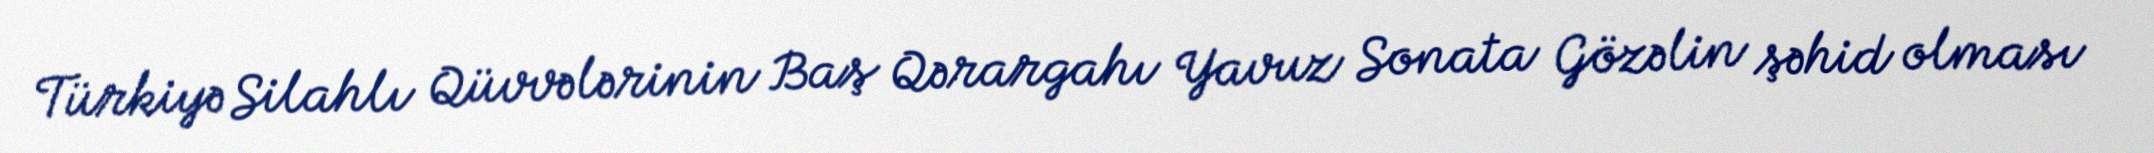
Türkiyə Silahlı Qüvvələrinin Baş Qərargahı Yavuz Sonata Gözəlin şəhid olması